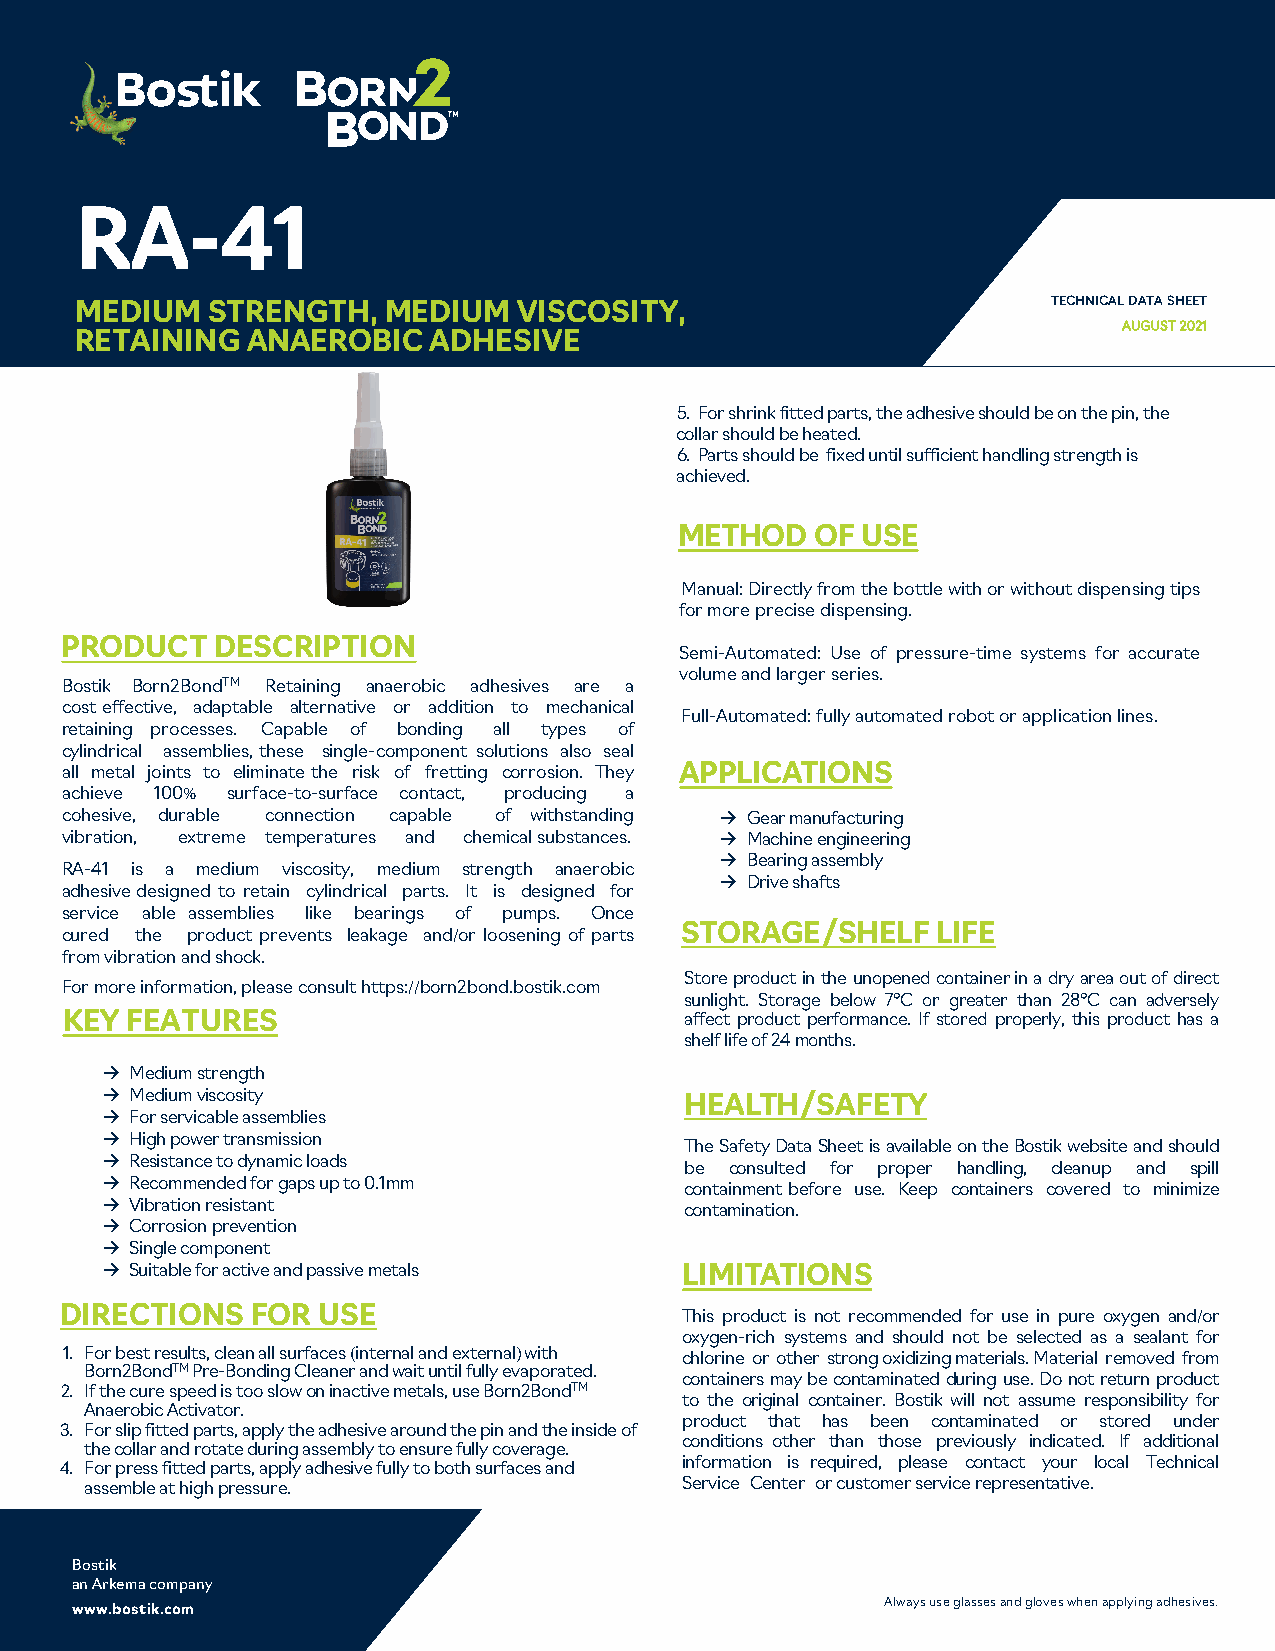
RA-41
 MEDIUM   STRENGTH,  MEDIUM   VISCOSITY,                          TECHNICAL DATA SHEET
 AUGUST 2021
 RETAINING  ANAEROBIC    ADHESIVE
 5. For shrink fitted parts, the adhesive should be on the pin, the
 collar should be heated.
 6. Parts should be fixed until sufficient handling strength is
 achieved.
 METHOD   OF USE
 Manual: Directly from the bottle with or without dispensing tips
 for more precise dispensing.
 PRODUCT   DESCRIPTION
 Semi-Automated: Use of pressure-time systems for accurate
 volume and larger series.
 Bostik Born2BondTM Retaining anaerobic adhesives are a
 cost effective, adaptable alternative or addition to mechanical
 Full-Automated: fully automated robot or application lines.
 retaining processes. Capable of bonding all types of
 cylindrical assemblies, these single-component solutions also seal
 all metal joints to eliminate the risk of fretting corrosion. They APPLICATIONS
 achieve 100% surface-to-surface contact, producing a
 cohesive, durable connection capable of withstanding → Gear manufacturing
 vibration, extreme temperatures and chemical substances. → Machine engineering
 → Bearing assembly
 RA-41 is a medium viscosity, medium strength anaerobic
 → Drive shafts
 adhesive designed to retain cylindrical parts. It is designed for
 service able assemblies like bearings of pumps. Once
 STORAGE/SHELF    LIFE
 cured the product prevents leakage and/or loosening of parts
 from vibration and shock.
 Store product in the unopened container in a dry area out of direct
 For more information, please consult https://born2bond.bostik.com
 sunlight. Storage below 7°C or greater than 28°C can adversely
 KEY FEATURES                             affect product performance. If stored properly, this product has a
 shelf life of 24 months.
 → Medium strength
 → Medium viscosity                    HEALTH/SAFETY
 → For servicable assemblies
 → High power transmission
 The Safety Data Sheet is available on the Bostik website and should
 → Resistance to dynamic loads
 be consulted for proper handling, cleanup and spill
 → Recommended for gaps up to 0.1mm    containment before use. Keep containers covered to minimize
 → Vibration resistant                 contamination.
 → Corrosion prevention
 → Single component
 → Suitable for active and passive metals LIMITATIONS
 DIRECTIONS   FOR USE                     This product is not recommended for use in pure oxygen and/or
 oxygen-rich systems and should not be selected as a sealant for
 1. For best results, clean all surfaces (internal and external) with chlorine or other strong oxidizing materials. Material removed from
 Born2BondTM Pre-Bonding Cleaner and wait until fully evaporated.
 containers may be contaminated during use. Do not return product
 2. If the cure speed is too slow on inactive metals, use Born2BondTM
 to the original container. Bostik will not assume responsibility for
 Anaerobic Activator.
 product that has been contaminated or stored under
 3. For slip fitted parts, apply the adhesive around the pin and the inside of
 conditions other than those previously indicated. If additional
 the collar and rotate during assembly to ensure fully coverage.
 4. For press fitted parts, apply adhesive fully to both surfaces and information is required, please contact your local Technical
 assemble at high pressure.             Service Center or customer service representative.
 Bostik
 an Arkema company
 www.bostik.com                                        Always use glasses and gloves when applying adhesives.